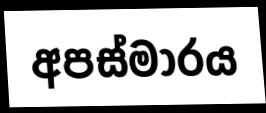
අපස්මාරය